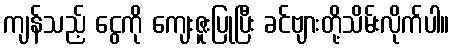
ကျန်သည့် ငွေကို ကျေးဇူးပြုပြီး ခင်ဗျားတို့သိမ်းလိုက်ပါ။